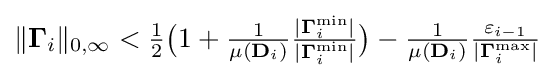
{\textstyle \|\mathbf {\Gamma } _{i}\|_{0,\infty }<{\frac {1}{2}}{\big (}1+{\frac {1}{\mu (\mathbf {D} _{i})}}{\frac {|\mathbf {\Gamma } _{i}^{\min }|}{|\mathbf {\Gamma } _{i}^{\min }|}}{\big )}-{\frac {1}{\mu (\mathbf {D} _{i})}}{\frac {\varepsilon _{i-1}}{|\mathbf {\Gamma } _{i}^{\max }|}}}